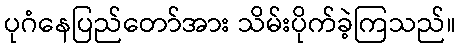
ပုဂံနေပြည်တော်အား သိမ်းပိုက်ခဲ့ကြသည်။